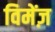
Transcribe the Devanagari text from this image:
विमेंज़